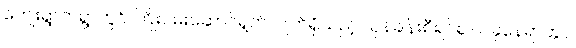
ကျေးရွာတရွာတွင် ကြိုးပမ်းဆောင်ရွက်လျက်ရှိသည့် ယုန်ချန်းစီရင်စု ယခုနေရာတွင်